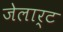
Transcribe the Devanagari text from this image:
जेलार्ट